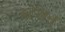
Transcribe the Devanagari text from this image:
इट्रेशन